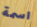
اسمة